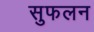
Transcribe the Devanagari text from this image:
सुफलन